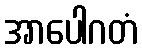
အာပေါဂတံ